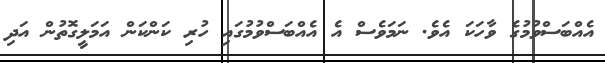
އެއްބަސްވުމުގެ ވާހަކަ އެވެ. ނަމަވެސް އެ އެއްބަސްވުމުގައި ހުރި ކަންކަން އަމަލީގޮތުން އަދި